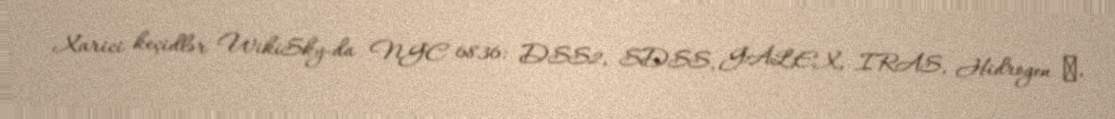
Xarici keçidlər WikiSky-da NGC 6836: DSS2, SDSS, GALEX, IRAS, Hidrogen α,